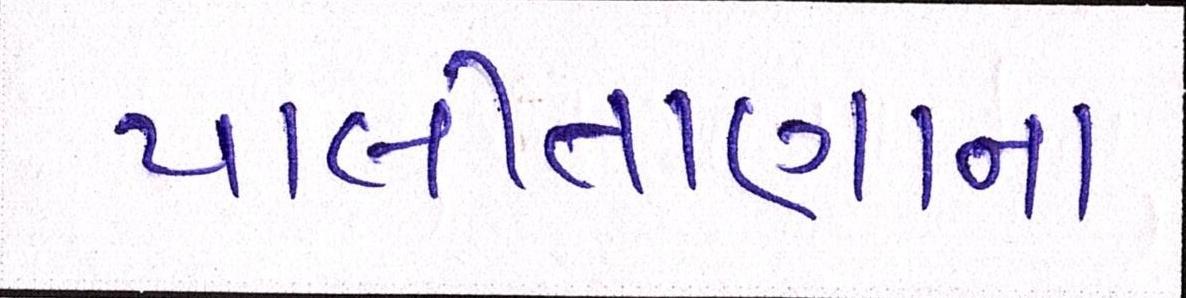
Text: પાલીતાણાના